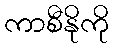
ကာစီနိုကို